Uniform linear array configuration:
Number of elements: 16
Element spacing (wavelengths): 0.75
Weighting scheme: hann
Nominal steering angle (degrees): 45
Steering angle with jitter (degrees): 45.949
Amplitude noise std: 0.05
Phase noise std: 0.05

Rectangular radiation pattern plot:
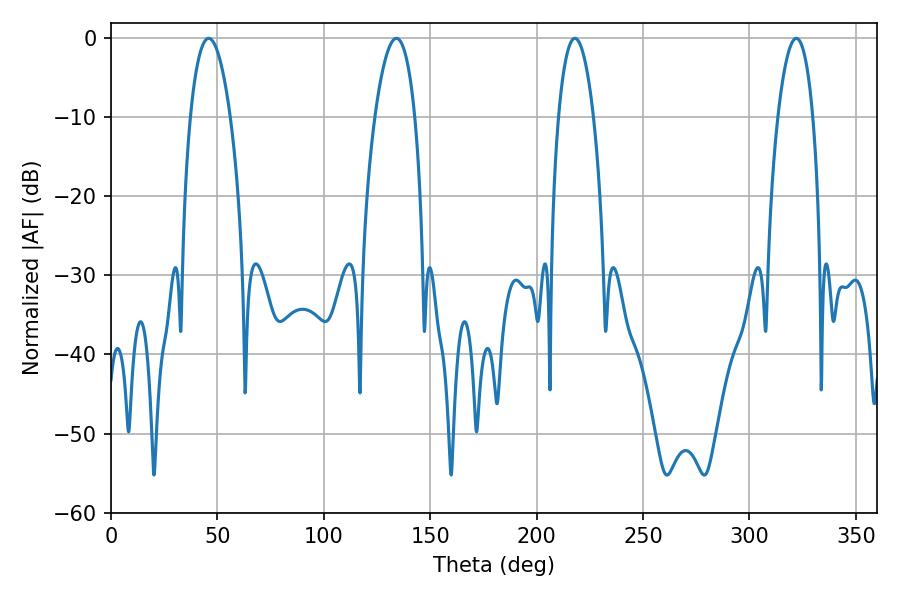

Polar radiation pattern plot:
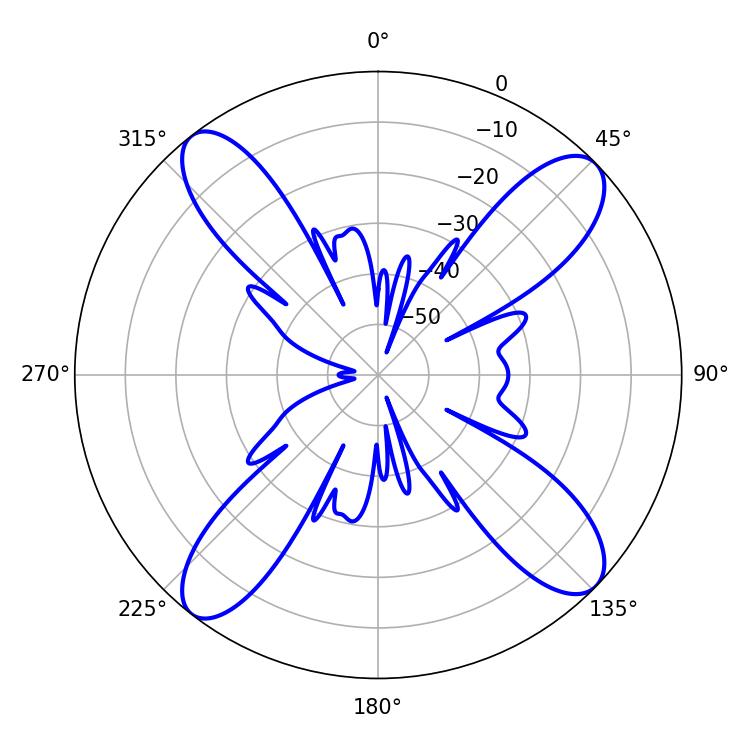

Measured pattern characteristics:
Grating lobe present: TRUE
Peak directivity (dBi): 14.583
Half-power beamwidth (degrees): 9.18
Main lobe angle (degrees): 217.98